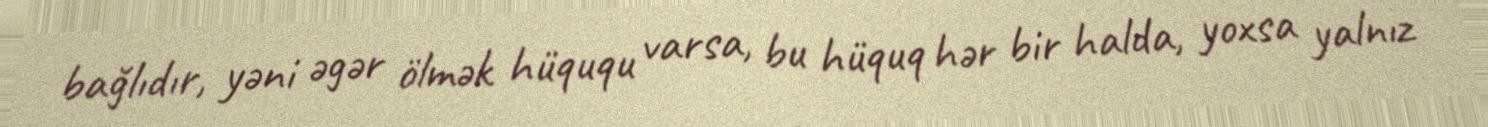
bağlıdır, yəni əgər ölmək hüququ varsa, bu hüquq hər bir halda, yoxsa yalnız